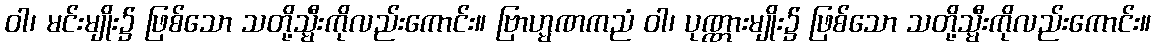
ဝါ၊ မင်းမျိုး၌ ဖြစ်သော သတို့သ္မီးကိုလည်းကောင်း။ ဗြာဟ္မဏကညံ ဝါ၊ ပုဏ္ဏားမျိုး၌ ဖြစ်သော သတို့သ္မီးကိုလည်းကောင်း။